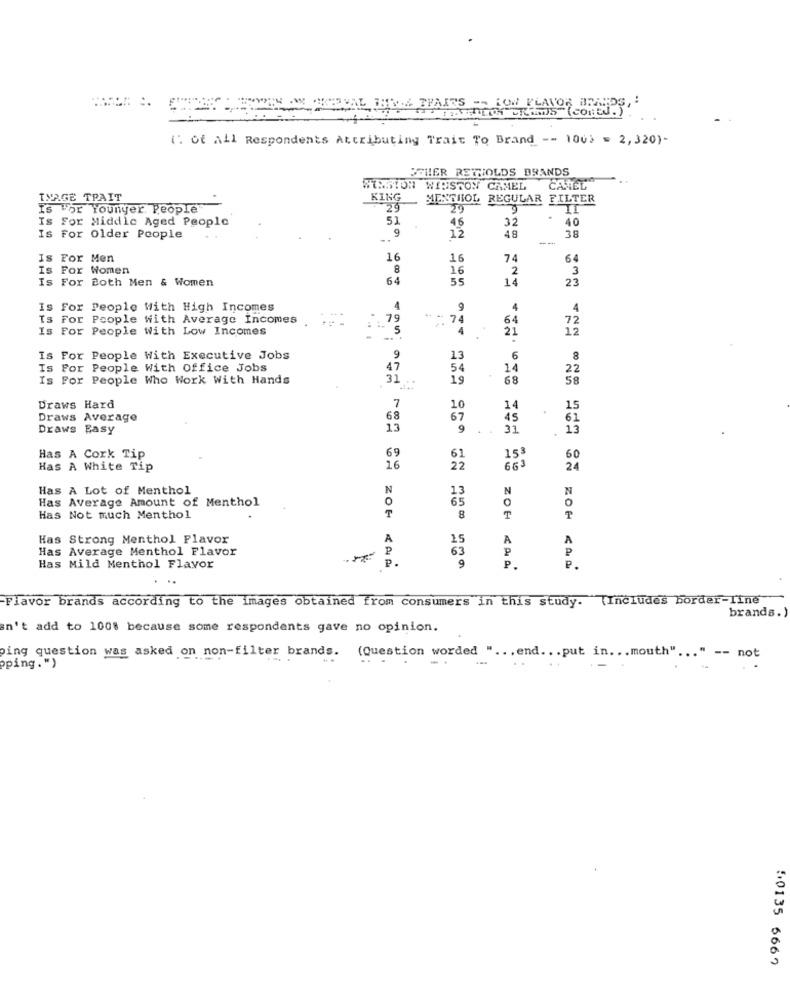
FAITS -- LOW FLAVOR BRANDS,
BRASILTH CARDS (Cont.)
(" of all Respondents Attributing Trait To Brand -- 100) = 2,320)-
SCHER RETNOLDS BRANDS
MISSION WINSTON CAMEL
CAMEL
INAGE TPAIT
KING
MENTHOL REGULAR FILTER
Is For Younyer. People
29
IL
Is For Middle Aged People
51
46
32
40
9
Is For Older People
..
12
48
-...
38
Is For Men
16
16
74
64
Is For Women
8
16
2
3
Is For Both Men & Women
64
55
14
23
Is For People With High Incomes
4
9
4
4
Is For People With Average Incomes
79
- 74
64
72
Is For People With Low Incomes
5
4
21
12
-.
Is For People With Executive Jobs
9
13
6
8
Is For People With Office Jobs
47
54
14
22
Is For People Who Work With Hands
31
19
68
58
7
Draws Hard
10
14
15
Draws Average
68
67
45
61
Draws Easy
13
9
31
13
69
Has A Cork Tip
153
60
Has A White Tip
16
22
663
24
Has A Lot of Menthol
N
13
N
N
Has Average Amount of Menthol
O
65
Has Not much Menthol
T
8
ZOH
Has Strong Menthol Flavor
A
15
A
A
Has Average Menthol Flavor
63
P
P.
Has Mild Menthol Flavor
9
P.
P.
Flavor brands according to the images obtained from consumers in this study. (Includes border-line
brands.)
n't add to 1008 because some respondents gave no opinion.
ping question was asked on non-filter brands.
(Question worded " ... end ... put in ... mouth" ... " -- not
pping.")
:0135 6667